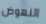
النهوض